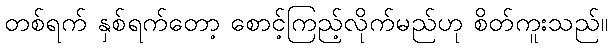
တစ်ရက် နှစ်ရက်တော့ စောင့်ကြည့်လိုက်မည်ဟု စိတ်ကူးသည်။